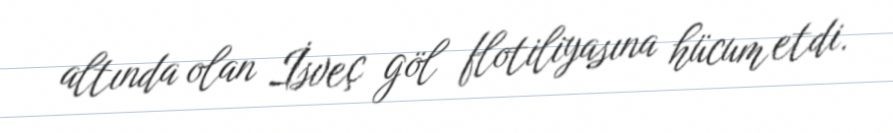
altında olan İsveç göl flotiliyasına hücum etdi.